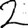
Digit: 2